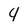
Character: 4